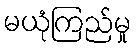
မယုံကြည်မှု